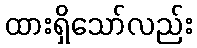
ထားရှိသော်လည်း